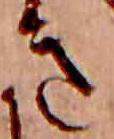
き